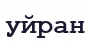
уйран